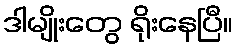
ဒါမျိုးတွေ ရိုးနေပြီ။